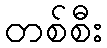
တစ်စီး